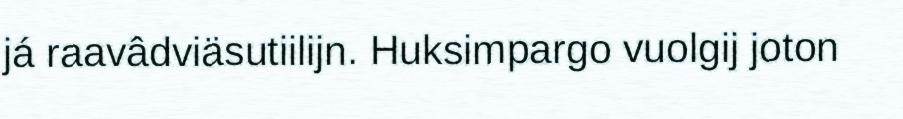
já raavâdviäsutiilijn. Huksimpargo vuolgij joton